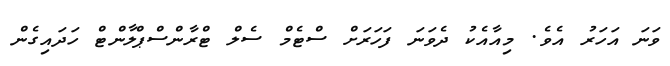
ވަނަ އަހަރު އެވެ. މިއާއެކު ދެވަނަ ފަހަރަށް ސްޓެމް ސެލް ޓްރާންސްޕްލާންޓް ހަދައިގެން